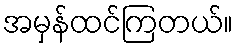
အမှန်ထင်ကြတယ်။